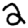
Digit: 2